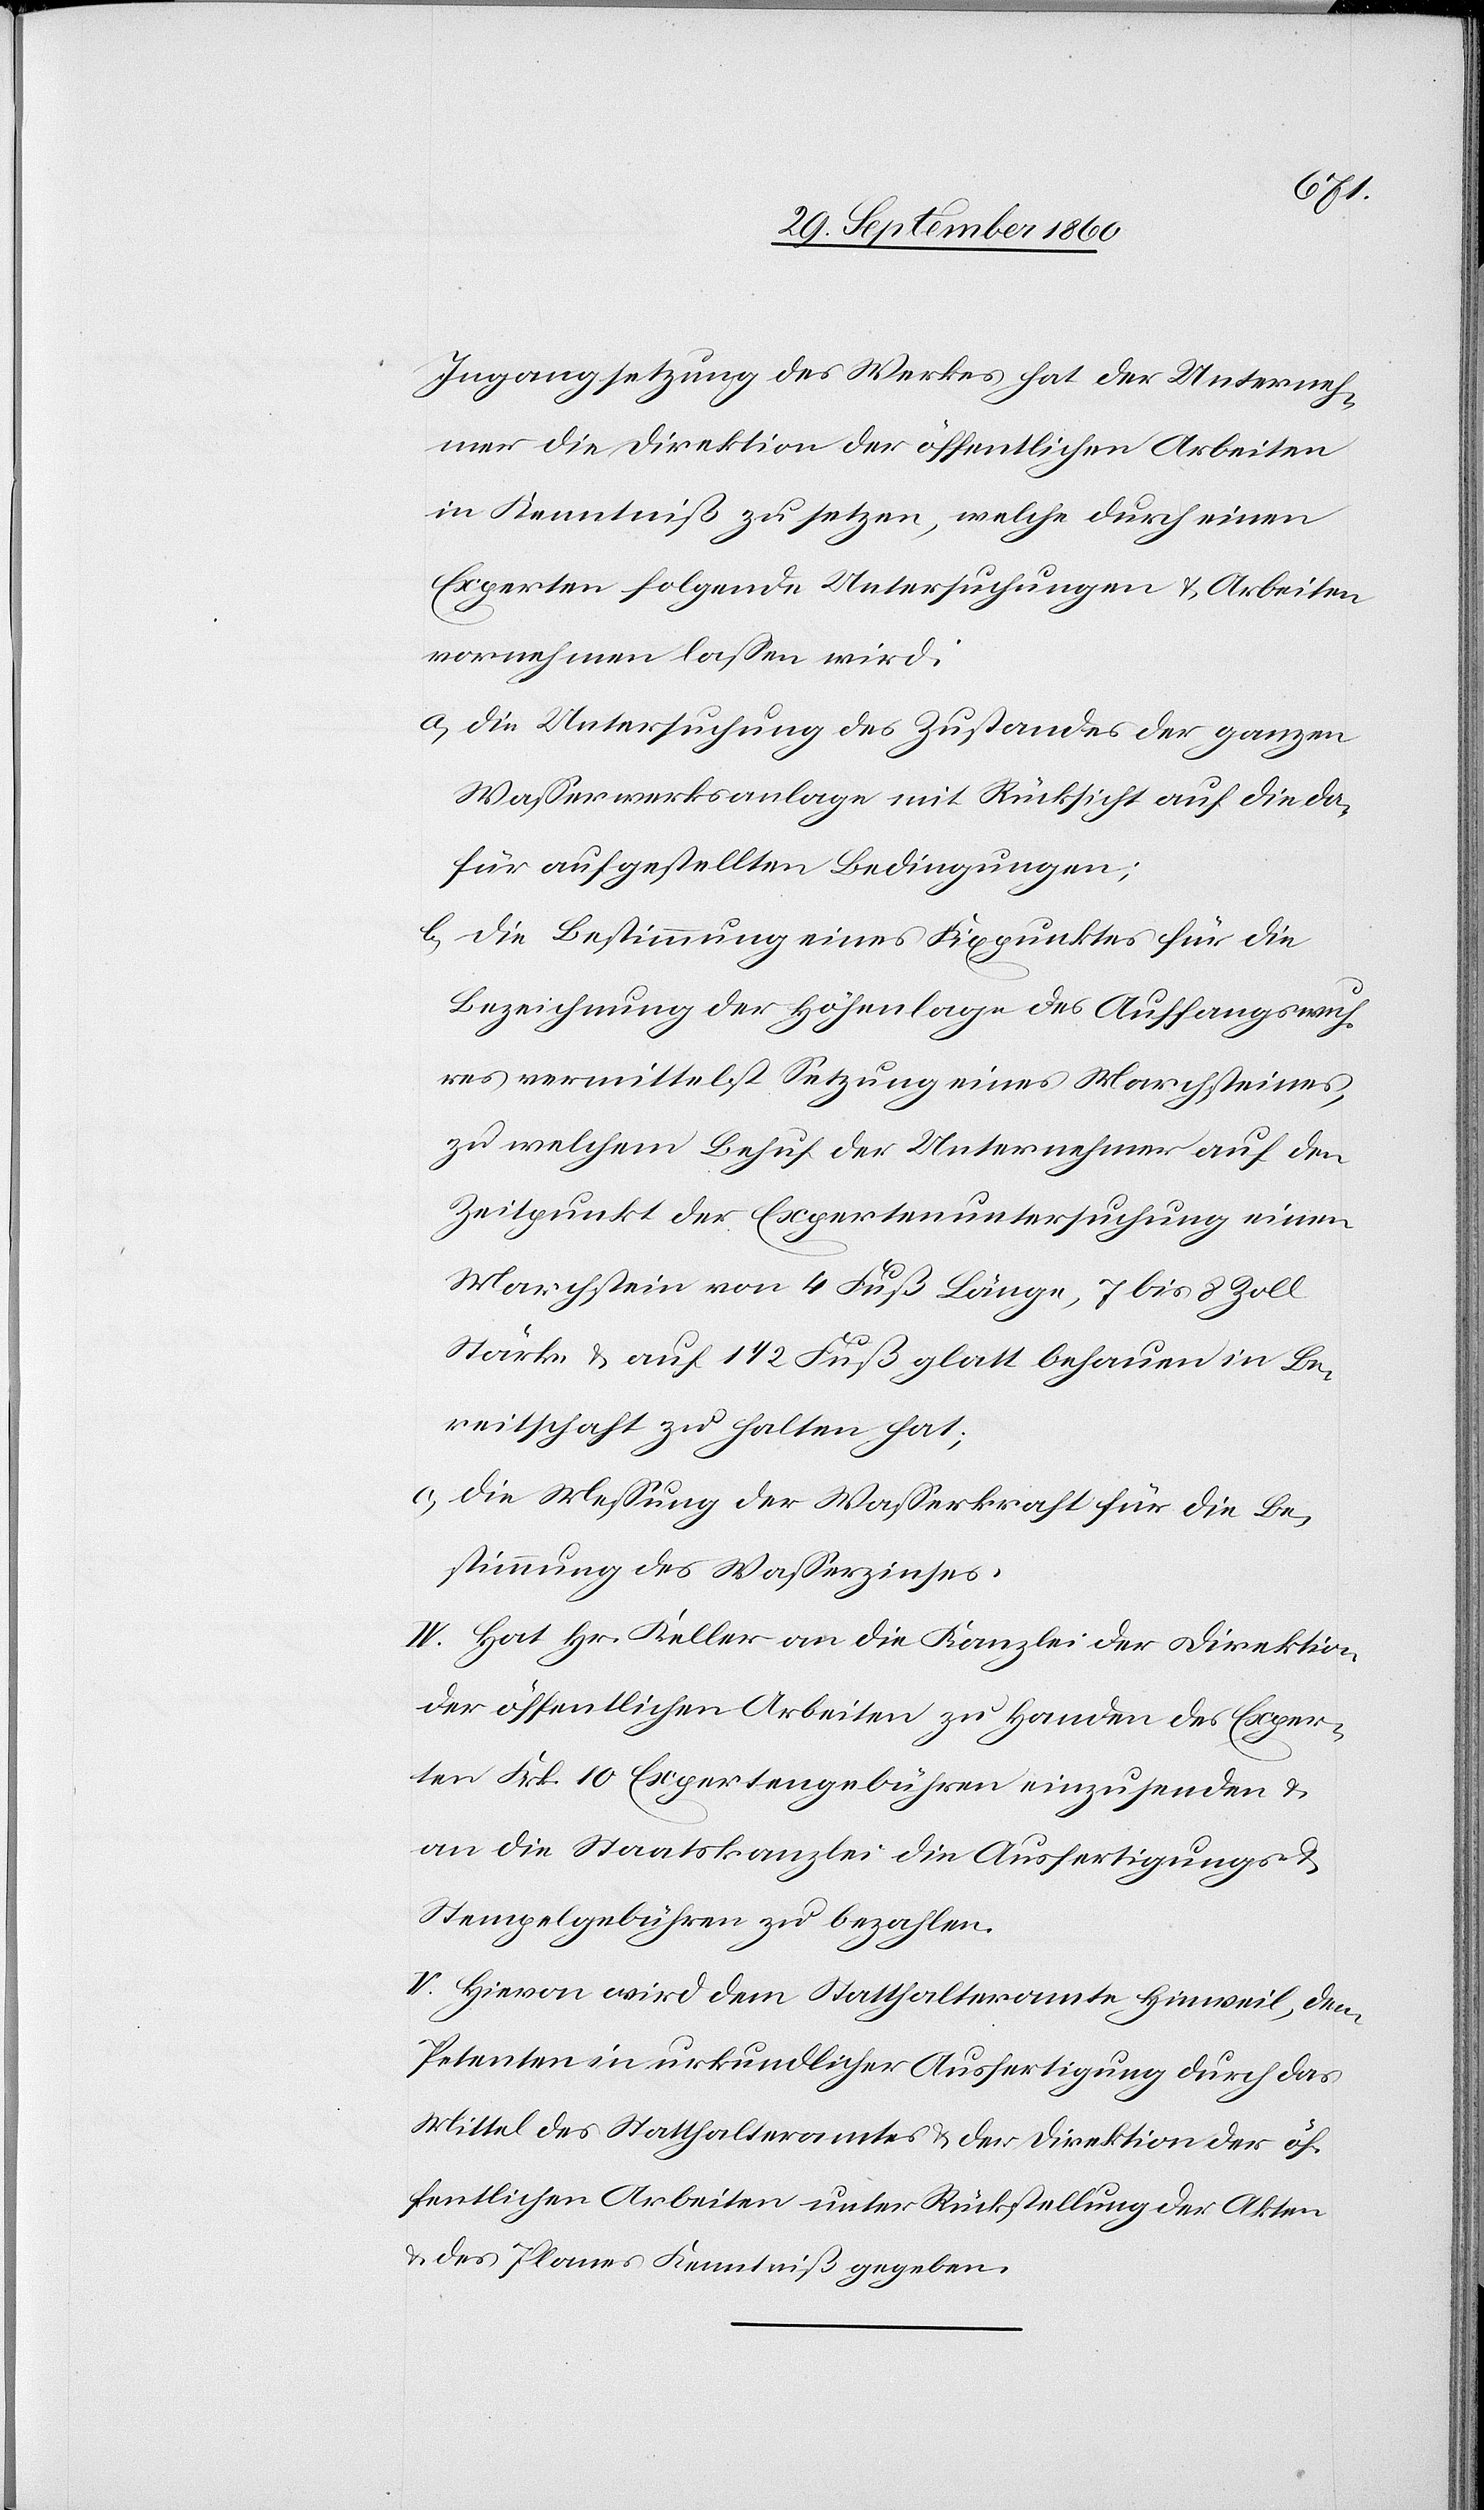
Ingangsetzung des Werkes hat der Unterneh¬
mer die Direktion der öffentlichen Arbeiten
in Kenntniß zu setzen, welche durch einen
Experten folgende Untersuchungen u. Arbeiten
vornehmen lassen wird:
a. die Untersuchung des Zustandes der ganzen
Wasserwerksanlage mit Rücksicht auf die da¬
für aufgestellten Bedingungen;
b. die Bestimmung eines Fixpunktes für die
Bezeichnung der Höhenlage des Auffangswuh¬
res vermittelst Setzung eines Marchsteines,
zu welchem Behuf der Unternehmer auf den
Zeitpunkt der Expertenuntersuchung einen
Marchstein von 4 Fuß Länge, 7 bis 8 Zoll
Stärke u. auf 1 1/2 Fuß glatt behauen in Be¬
reitschaft zu halten hat;
c. die Messung der Wasserkraft für die Be¬
stimmung des Wasserzinses.
IV. Hat Hr. Keller an die Kanzlei der Direktion
der öffentlichen Arbeiten zu Handen des Exper¬
ten Frk. 10 Expertengebühren einzusenden u.
an die Staatskanzlei die Ausfertigungs- u.
Stempelgebühren zu bezahlen.
V. Hievon wird dem Statthalteramte Hinweil, dem
Petenten in urkundlicher Ausfertigung durch das
Mittel des Statthalteramtes u. der Direktion der öf¬
fentlichen Arbeiten unter Rückstellung der Akten
u. des Planes Kenntniß gegeben.